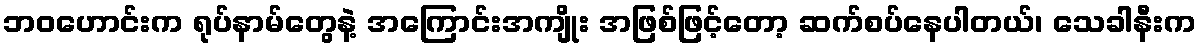
ဘဝဟောင်းက ရုပ်နာမ်တွေနဲ့ အကြောင်းအကျိုး အဖြစ်ဖြင့်တော့ ဆက်စပ်နေပါတယ်၊ သေခါနီးက